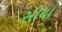
સીયા